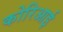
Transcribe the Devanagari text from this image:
कोरिआई